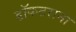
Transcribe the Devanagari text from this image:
डॉकटराना